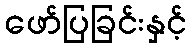
ဖော်ပြခြင်းနှင့်